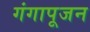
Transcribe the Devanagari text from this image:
गंगापूजन